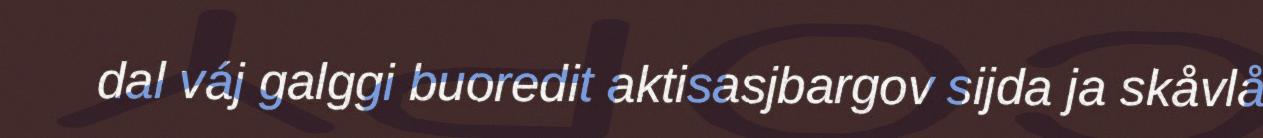
dal váj galggi buoredit aktisasjbargov sijda ja skåvlå